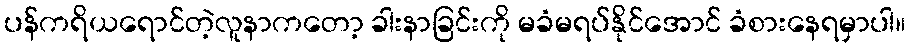
ပန်ကရိယရောင်တဲ့လူနာကတော့ ခါးနာခြင်းကို မခံမရပ်နိုင်အောင် ခံစားနေရမှာပါ။